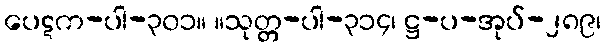
ပေဋက-ပါ-၃၀၁။ ။သုတ္တ-ပါ-၃၁၄၊ ဋ္ဌ-ပ-အုပ်-၂၈၉၊